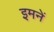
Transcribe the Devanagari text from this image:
इमनें